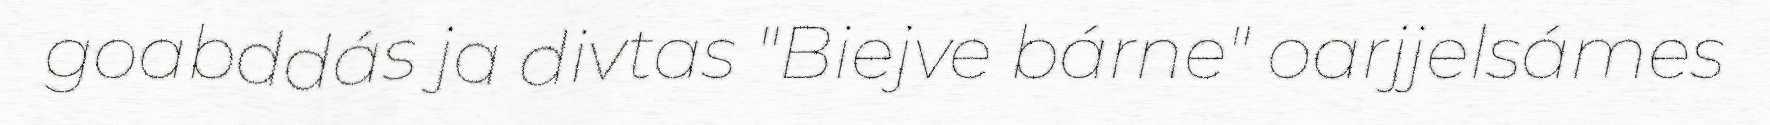
goabddás ja divtas "Biejve bárne" oarjjelsámes